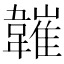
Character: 𩏘